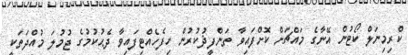
ކްރިމިނަލް ކޯޓުން އޭނާގެ މައްޗަށް ކޮށްފައިވާ ތަންފީޛުކުރުން ހިފެހެއްޓިފައިވާ ދެޙުކުމުގެ ޖުމުލަ މުއްދަތަކީ